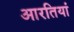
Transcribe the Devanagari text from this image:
आरतियां